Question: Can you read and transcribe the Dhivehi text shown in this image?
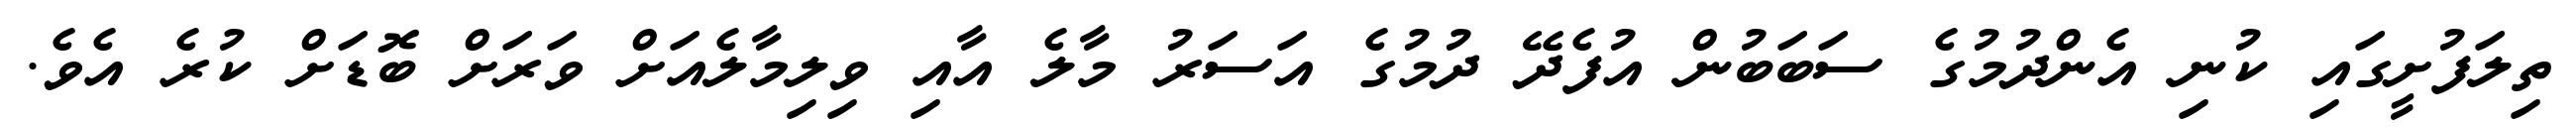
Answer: ތިލަފުށީގައި ކުނި އެންދުމުގެ ސަބަބުން އުފެދޭ ދުމުގެ އަސަރު މާލެ އާއި ވިލިމާލެއަށް ވަރަށް ބޮޑަށް ކުރެ އެވެ.